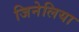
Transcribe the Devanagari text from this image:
जिनेलिया